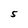
Character: 5